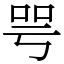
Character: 咢